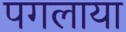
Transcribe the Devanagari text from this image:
पगलाया